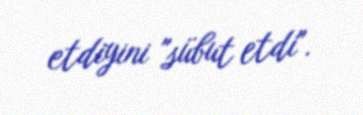
etdiyini "sübut etdi".